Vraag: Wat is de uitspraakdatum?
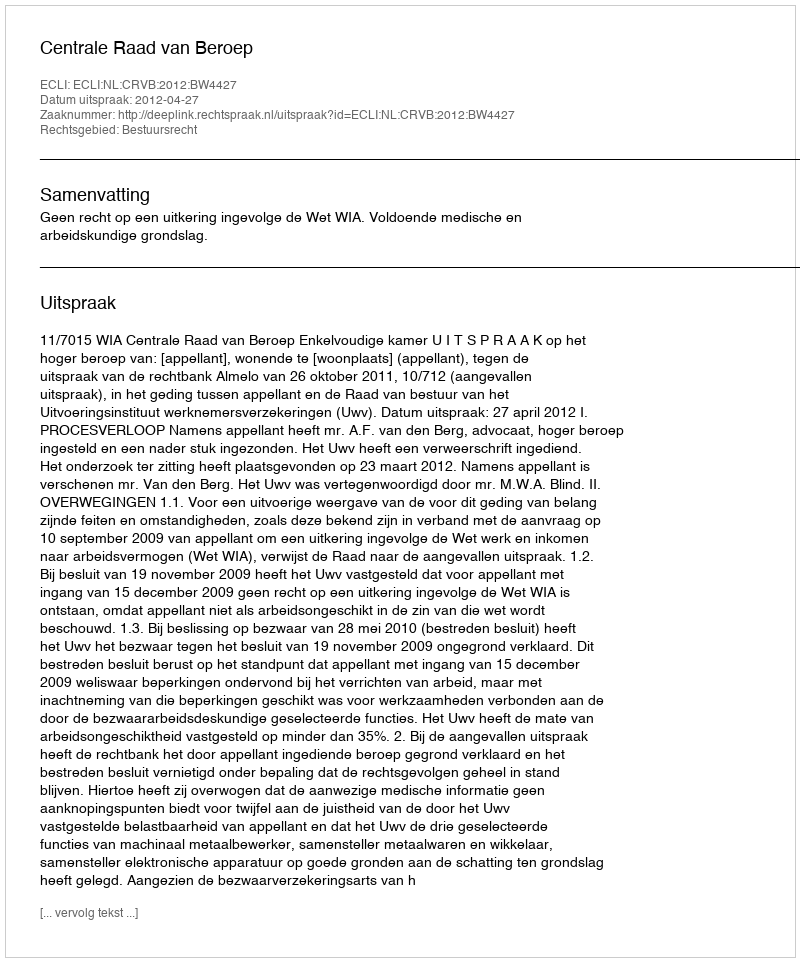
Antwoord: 2012-04-27